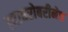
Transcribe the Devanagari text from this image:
त्याबरोबरीनेच